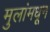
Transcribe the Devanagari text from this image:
मुलांमधून